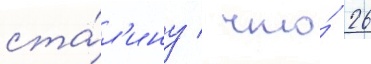
ста́л'ину / что́ 26